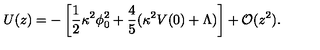
U ( z ) = - \left[ { \frac { 1 } { 2 } } \kappa ^ { 2 } \phi _ { 0 } ^ { 2 } + { \frac { 4 } { 5 } } ( \kappa ^ { 2 } V ( 0 ) + \Lambda ) \right] + { \cal O } ( z ^ { 2 } ) .